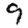
Digit: 9